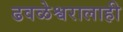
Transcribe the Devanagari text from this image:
ढवळेश्वरालाही